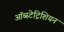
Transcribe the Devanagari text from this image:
ऑब्स्टेट्रिशियन